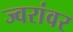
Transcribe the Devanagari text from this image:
ज्वरांवर